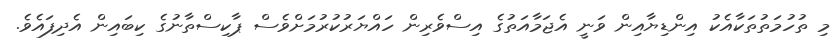
މި ތުހުމަތުތަކާއެކު އިންޑިޔާއިން ވަނީ އެޖަމާއަތުގެ އިސްވެރިން ހައްޔަރުކުރުމަށްވެސް ޕާކިސްތާނުގެ ކިބައިން އެދިފައެވެ.